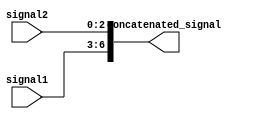
module concat_example (
    input [3:0] signal1,
    input [2:0] signal2,
    output [6:0] concatenated_signal
);

assign concatenated_signal = {signal1, signal2};

endmodule